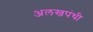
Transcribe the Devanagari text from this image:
अलखपंथी